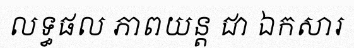
លទ្ធផល ភាពយន្ត ជា ឯកសារ